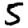
Digit: 5